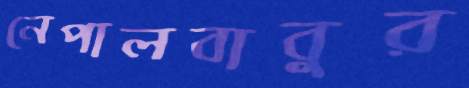
নেপালবাবুর